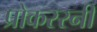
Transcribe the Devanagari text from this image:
प्रोकस्स्नी